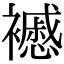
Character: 𧞰